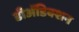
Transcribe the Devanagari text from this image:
डीअॅडिक्शन